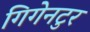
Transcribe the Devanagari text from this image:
गिगेनटुर